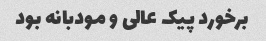
برخورد پیک عالی و مودبانه بود